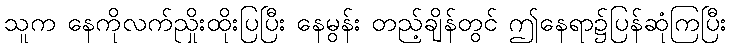
သူက နေကိုလက်ညှိုးထိုးပြပြီး နေမွန်း တည့်ချိန်တွင် ဤနေရာ၌ပြန်ဆုံကြပြီး